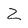
Character: Z